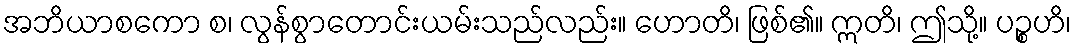
အဘိယာစကော စ၊ လွန်စွာတောင်းယမ်းသည်လည်း။ ဟောတိ၊ ဖြစ်၏။ ဣတိ၊ ဤသို့။ ပဉ္စဟိ၊